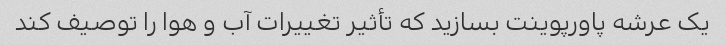
یک عرشه پاورپوینت بسازید که تأثیر تغییرات آب و هوا را توصیف کند